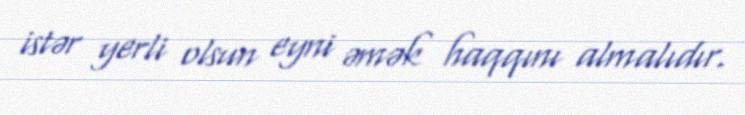
istər yerli olsun eyni əmək haqqını almalıdır.